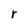
Character: r